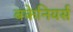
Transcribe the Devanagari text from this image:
बकेनियर्स